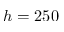
h = 2 5 0